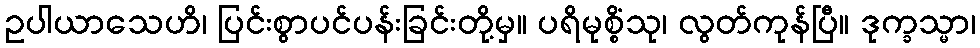
ဥပါယာသေဟိ၊ ပြင်းစွာပင်ပန်းခြင်းတို့မှ။ ပရိမုစ္စိံသု၊ လွတ်ကုန်ပြီ။ ဒုက္ခသ္မာ၊